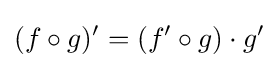
(f\circ g)'=(f'\circ g)\cdot g'